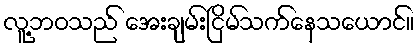
လူ့ဘဝသည် အေးချမ်းငြိမ်သက်နေသယောင်။